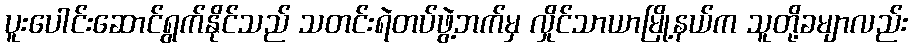
ပူးပေါင်းဆောင်ရွက်နိုင်သည် သတင်းရဲတပ်ဖွဲ့ဘက်မှ လှိုင်သာယာမြို့နယ်က သူတို့ခမျာလည်း